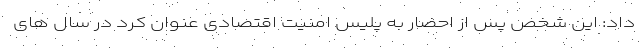
داد: این شخص پس از احضار به پلیس امنیت اقتصادی عنوان کرد در سال های